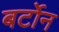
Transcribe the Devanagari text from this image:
बर्टोन